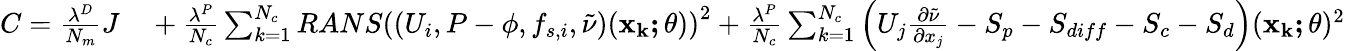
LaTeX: \begin{array}{rl}{C=\frac{\lambda^{D}}{N_{m}}J}&{{}+\frac{\lambda^{P}}{N_{c}}\sum_{k=1}^{N_{c}}RANS\left((U_{i},P-\phi,f_{s,i},\tilde{\nu})(\mathbf{x_{k};\theta})\right)^{2}+\frac{\lambda^{P}}{N_{c}}\sum_{k=1}^{N_{c}}\left(U_{j}\frac{\partial\tilde{\nu}}{\partial x_{j}}-S_{p}-S_{diff}-S_{c}-S_{d}\right)(\mathbf{x_{k};\theta})^{2}}\end{array}